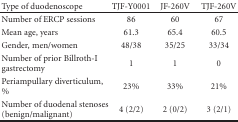
<table><thead><tr><td><b>Type of duodenoscope</b></td><td><b>TJF-Y0001</b></td><td><b>JF-260V</b></td><td><b>TJF-260V</b></td></tr></thead><tbody><tr><td>Number of ERCP sessions</td><td>86</td><td>60</td><td>67</td></tr><tr><td>Mean age, years</td><td>61.3</td><td>65.4</td><td>60.5</td></tr><tr><td>Gender, men/women</td><td>48/38</td><td>35/25</td><td>33/34</td></tr><tr><td>Number of prior Billroth-I gastrectomy</td><td>1</td><td>1</td><td>0</td></tr><tr><td>Periampullary diverticulum, %</td><td>23%</td><td>33%</td><td>21%</td></tr><tr><td>Number of duodenal stenoses (benign/malignant)</td><td>4 (2/2)</td><td>2 (0/2)</td><td>3 (2/1)</td></tr></tbody></table>